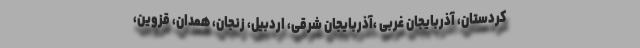
کردستان، آذربایجان غربی ،آذربایجان شرقی، اردبیل، زنجان، همدان، قزوین،